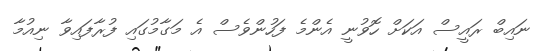
ނައިބް ރައީސް އަކަށް ހޮވުނީ އެންމެ ފަހުންވެސް އެ މަގާމުގައި ފުރާފައިވާ ނިއުމާ